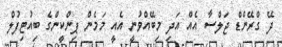
ދޭ ގްރޭންޑް ޖަލްސާ އެެއް އަދި މިބޭއްވުނީ އެއީ މަމެން ޕިންކީންގެ ބިއުޓިފުލް